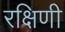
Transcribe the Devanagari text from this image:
रक्षिणी